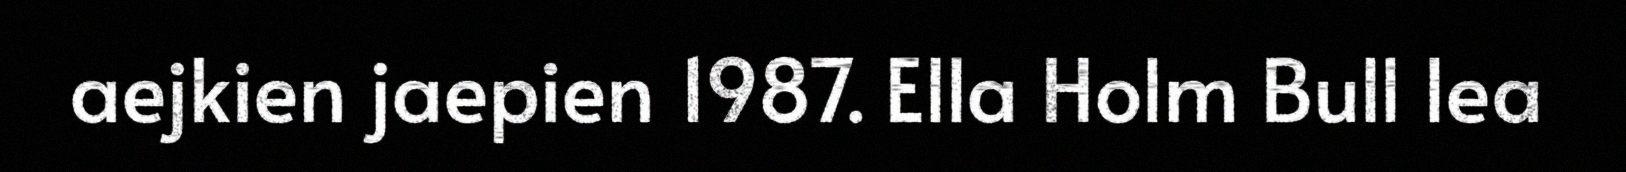
aejkien jaepien 1987. Ella Holm Bull lea